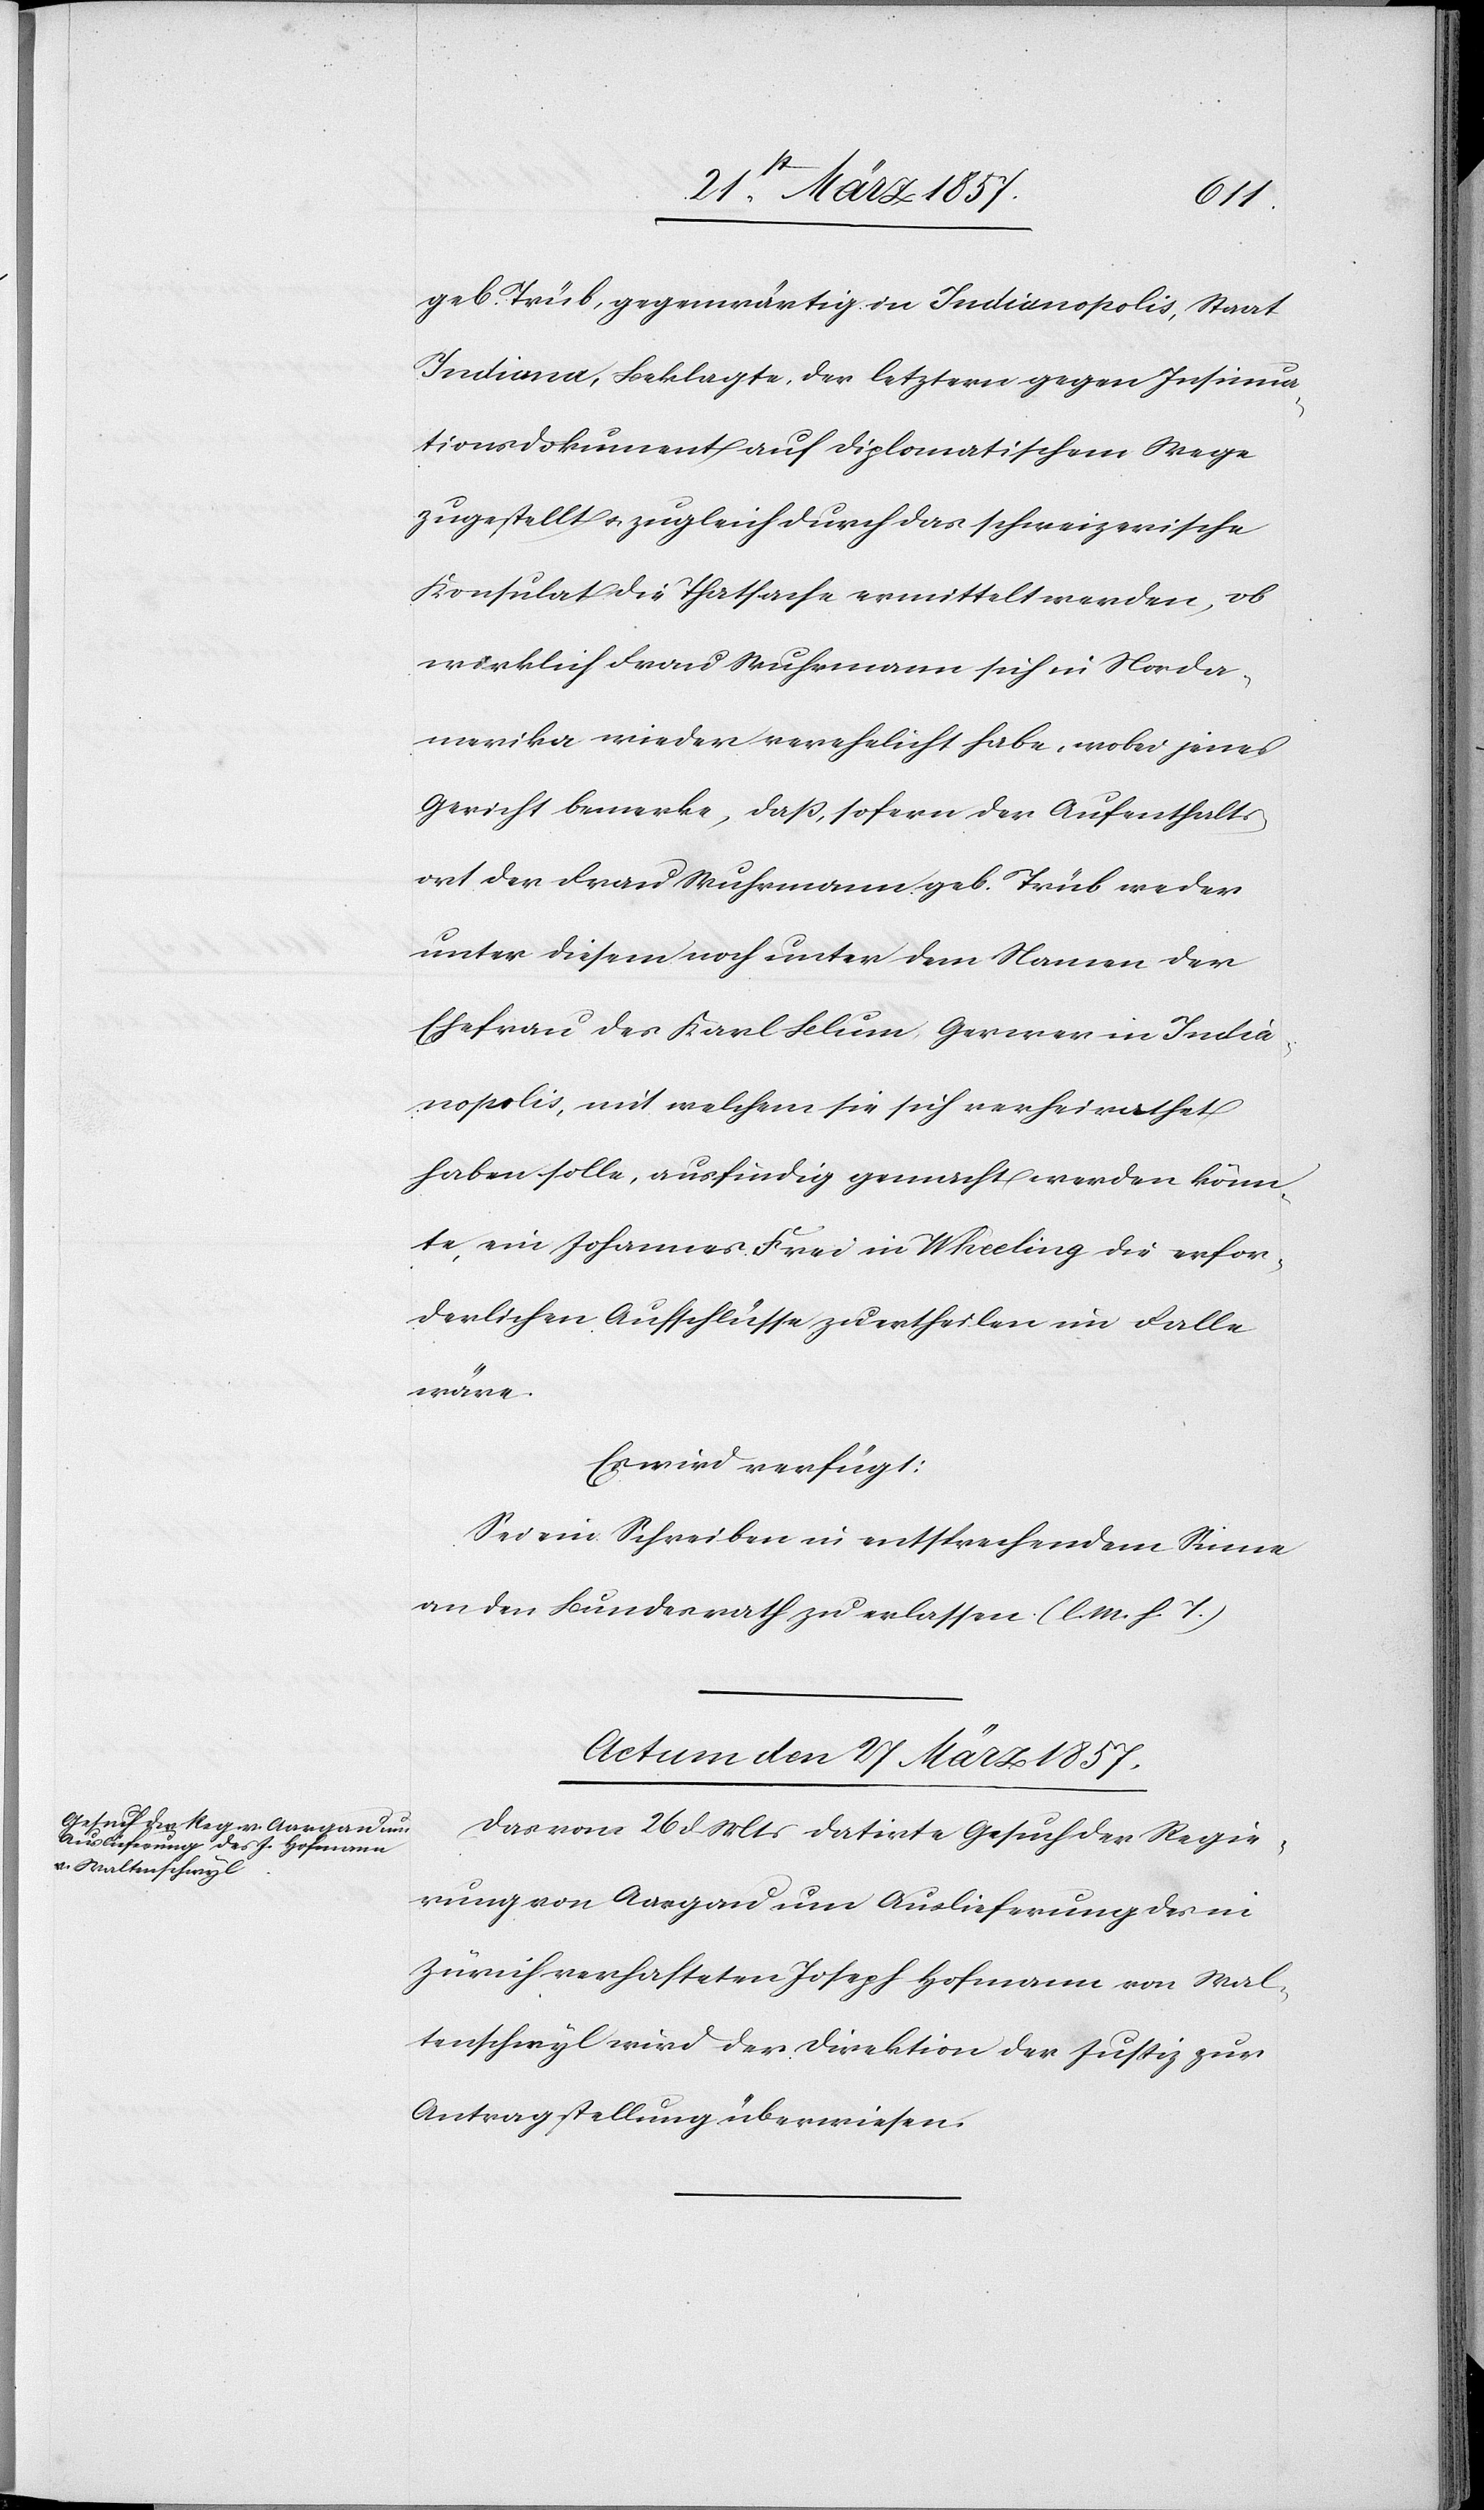
geb. Trüb, gegenwärtig in Indianopolis, Staat
Indiana, Beklagte, der letztern gegen Insinua¬
tionsdokument auf diplomatischem Wege
zugestellt u. zugleich durch das schweizerische
Konsulat die Thatsache ermittelt werden, ob
wirklich Frau Wuhrmann sich in Norda¬
merika wieder verehelicht habe, wobei jenes
Gericht bemerke, daß, sofern der Aufenthalts¬
ort der Frau Wuhrmann geb. Trüb weder
unter diesem noch unter dem Namen der
Ehefrau des Karl Blum Gerwer in India¬
nopolis, mit welchem sie sich verheirathet
haben solle, ausfindig gemacht werden könn¬
te, ein Johannes Frei in Wheeling die erfor¬
derlichen Aufschlüsse zu ertheilen im Falle
wäre.
Es wird verfügt:
Sei ein Schreiben in entsprechendem Sinne
an den Bundesrath zu erlassen. (l. M. h. T.)
Actum den 27. März 1857.
Das vom 26 d. Mts datirte Gesuch der Regie¬
rung von Aargau um Auslieferung des in
Zürich verhafteten Joseph Hofmann von Wal¬
tenschwyl wird der Direktion der Justiz zur
Antragstellung überwiesen.